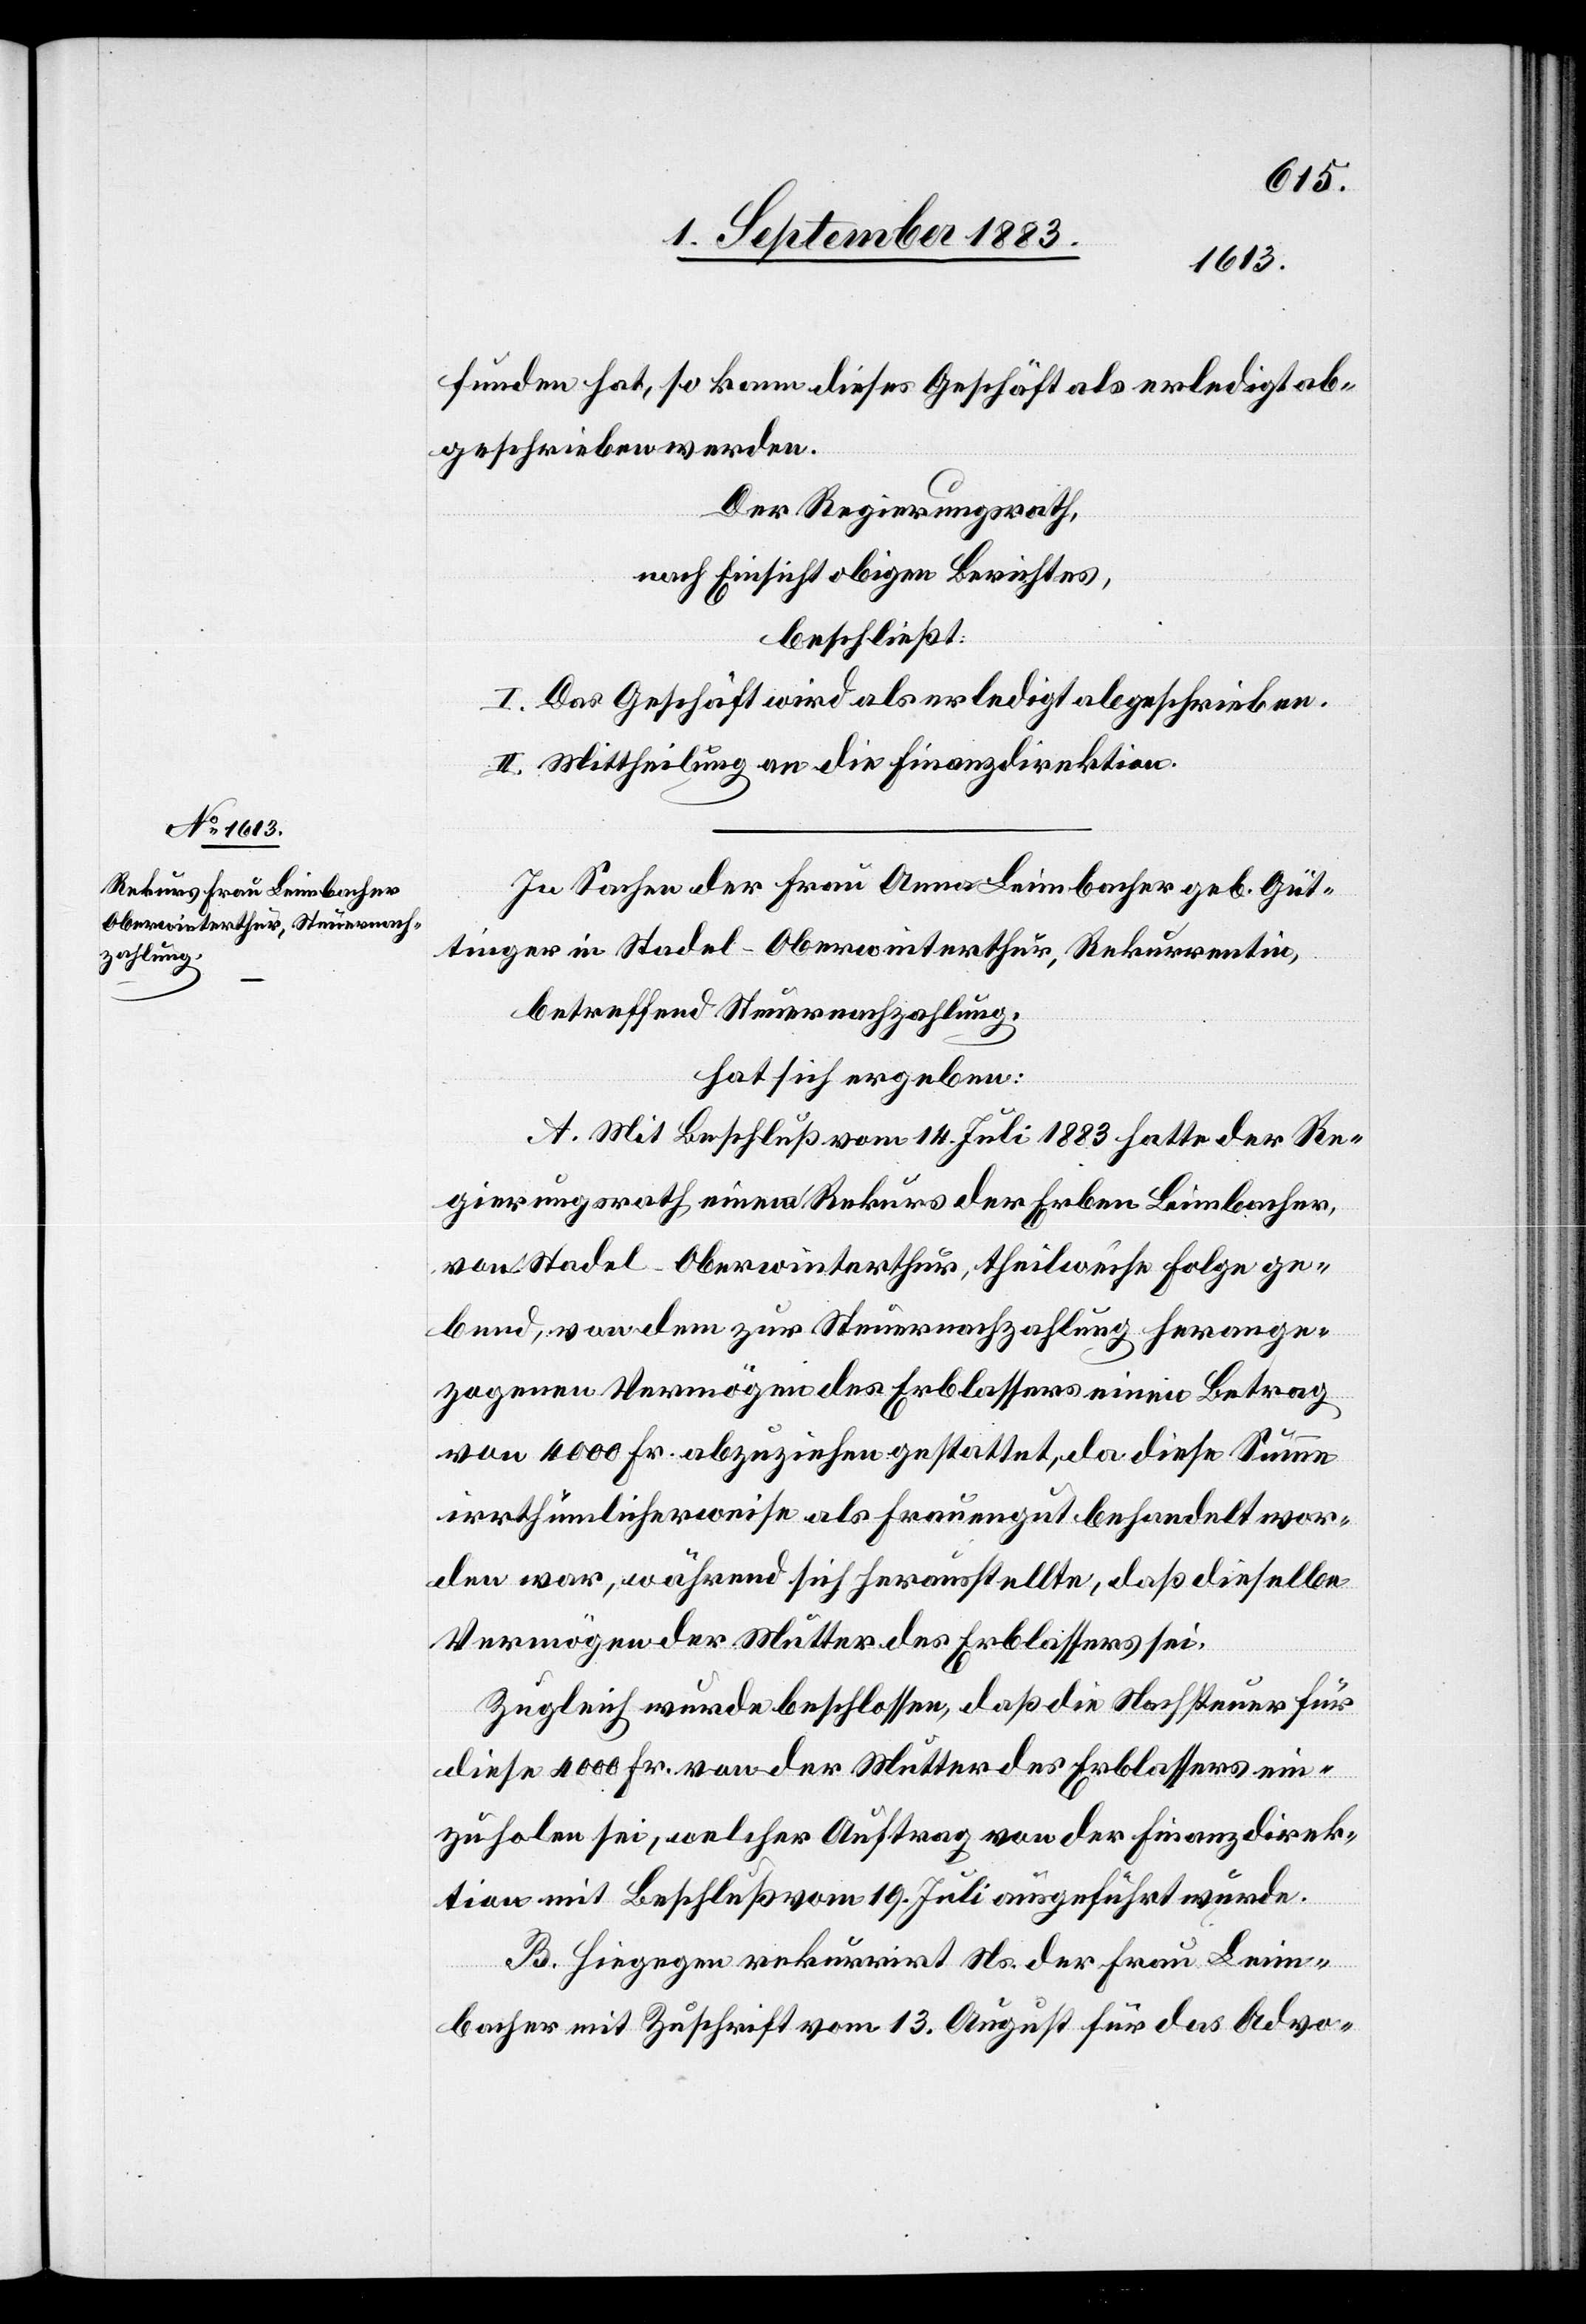
funden hat, so kann dieses Geschäft als erledigt ab¬
geschrieben werden.
Der Regierungsrath,
nach Einsicht obigen Berichtes,
beschließt:
I. Das Geschäft wird als erledigt abgeschrieben.
II. Mittheilung an die Finanzdirektion.
In Sachen der Frau Anna Leimbacher geb. Güt¬
tinger in Stadel - Oberwinterthur, Rekurrentin,
betreffend Steuernachzahlung,
hat sich ergeben:
A. Mit Beschluß vom 14. Juli 1883 hatte der Re¬
gierungsrath einem Rekurs der Erben Leimbacher,
von Stadel - Oberwinterthur, theilweise Folge ge¬
bend, von dem zur Steuernachzahlung herange¬
zogenen Vermögen des Erblassers einen Betrag
von 4000 Fr. abzuziehen gestattet, da diese Summe
irrthümlicherweise als Frauengut behandelt wor¬
den war, während sich herausstellte, daß dieselbe
Vermögen der Mutter des Erblassers sei.
Zugleich wurde beschlossen, daß die Nachsteuer für
diese 4000 Fr. von der Mutter des Erblassers ein¬
zuholen sei, welcher Auftrag von der Finanzdirek¬
tion mit Beschluß vom 19. Juli ausgeführt wurde.
B. Hiegegen rekurrirt Ns. der Frau Leim¬
bacher mit Zuschrift vom 13. August für das Advo-